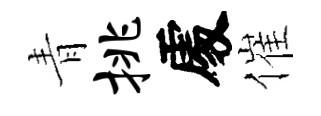
青挑𠁅催